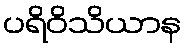
ပရိဝိသိယာန